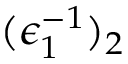
( \epsilon _ { 1 } ^ { - 1 } ) _ { 2 }